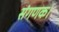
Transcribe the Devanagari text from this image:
संगणक।